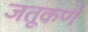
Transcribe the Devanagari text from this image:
जतूकर्ण